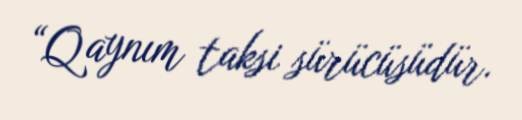
“Qaynım taksi sürücüsüdür.